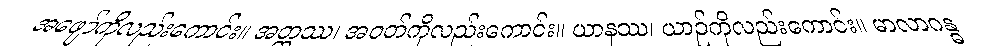
အဖျော်ကိုလည်းကောင်း။ အတ္ထဿ၊ အဝတ်ကိုလည်းကောင်း။ ယာနဿ၊ ယာဉ်ကိုလည်းကောင်း။ မာလာဂန္ဓ